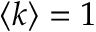
\langle k \rangle = 1